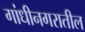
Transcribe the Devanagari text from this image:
गांधीनगरातील